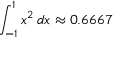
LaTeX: \int _ { - 1 } ^ { 1 } x ^ { 2 } \, d x \approx 0 . 6 6 6 7